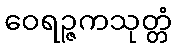
ဝေရဉ္ဇကသုတ္တံ